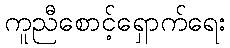
ကူညီစောင့်ရှောက်ရေး